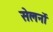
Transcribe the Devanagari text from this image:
सेलर्नो